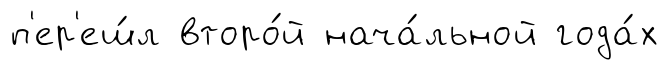
п'ер'еш́л второ́й нача́льной года́х